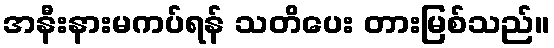
အနီးနားမကပ်ရန် သတိပေး တားမြစ်သည်။